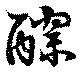
醪